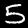
Label: 5